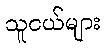
သူငယ်များ